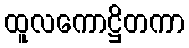
ထူလကောဋ္ဌိတကာ